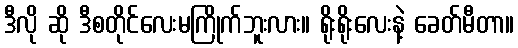
ဒီလို ဆို ဒီစတိုင်လေးမကြိုက်ဘူးလား။ ရိုးရိုးလေးနဲ့ ခေတ်မီတာ။